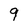
Character: 9